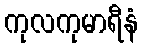
ကုလကုမာရီနံ